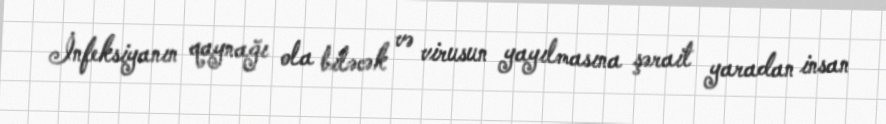
İnfeksiyanın qaynağı ola biləcək və virusun yayılmasına şərait yaradan insan